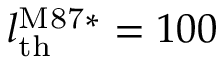
l _ { \mathrm { t h } } ^ { \mathrm { M 8 7 * } } = 1 0 0